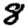
Digit: 8